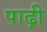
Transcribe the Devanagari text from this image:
पाढ़ी